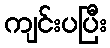
ကျင်းပပြီး